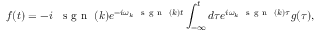
f ( t ) = - i \; \mathrm { ~ \mathrm { ~ s ~ g ~ n ~ } ~ } ( k ) e ^ { - i \omega _ { k } \mathrm { ~ \mathrm { ~ s ~ g ~ n ~ } ~ } ( k ) t } \int _ { - \infty } ^ { t } d \tau e ^ { i \omega _ { k } \mathrm { ~ \mathrm { ~ s ~ g ~ n ~ } ~ } ( k ) \tau } g ( \tau ) ,